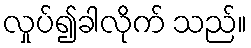
လှုပ်၍ခါလိုက် သည်။